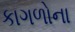
કાગળોના